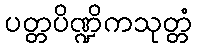
ပတ္တပိဏ္ဍိကသုတ္တံ